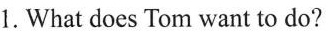
1. What does Tom want to do?